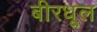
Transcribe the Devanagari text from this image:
बीरधूल